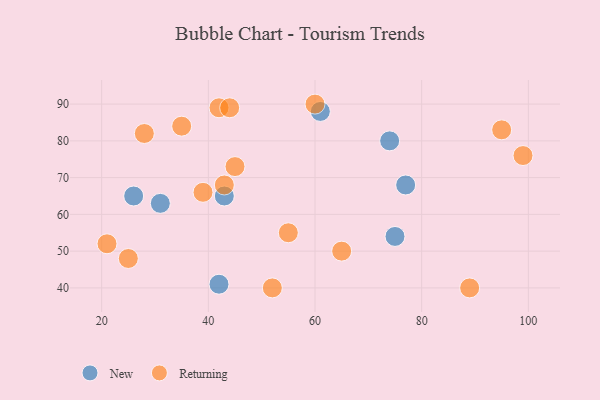
{"axis": {"x": "GDP", "y": "Life Expectancy"}, "legend": ["New", "Returning"], "data": [{"x": "61", "y": 88, "type": "New"}, {"x": "75", "y": 54, "type": "New"}, {"x": "77", "y": 68, "type": "New"}, {"x": "43", "y": 65, "type": "New"}, {"x": "31", "y": 63, "type": "New"}, {"x": "42", "y": 41, "type": "New"}, {"x": "74", "y": 80, "type": "New"}, {"x": "26", "y": 65, "type": "New"}, {"x": "99", "y": 76, "type": "Returning"}, {"x": "42", "y": 89, "type": "Returning"}, {"x": "25", "y": 48, "type": "Returning"}, {"x": "35", "y": 84, "type": "Returning"}, {"x": "60", "y": 90, "type": "Returning"}, {"x": "28", "y": 82, "type": "Returning"}, {"x": "55", "y": 55, "type": "Returning"}, {"x": "39", "y": 66, "type": "Returning"}, {"x": "52", "y": 40, "type": "Returning"}, {"x": "65", "y": 50, "type": "Returning"}, {"x": "89", "y": 40, "type": "Returning"}, {"x": "95", "y": 83, "type": "Returning"}, {"x": "21", "y": 52, "type": "Returning"}, {"x": "45", "y": 73, "type": "Returning"}, {"x": "44", "y": 89, "type": "Returning"}, {"x": "43", "y": 68, "type": "Returning"}]}